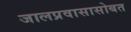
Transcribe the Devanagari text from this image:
जालप्रवासासोबत